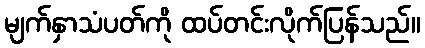
မျက်နှာသံပတ်ကို ထပ်တင်းလိုက်ပြန်သည်။